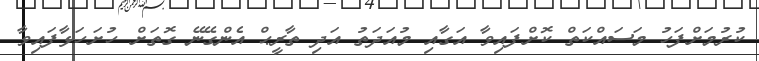
ކުރުމަށްފަހު މަސައްކަތް ކޮށްފައިވާ އަގާއި މުއަދަތު އަދި ތާރީޙް އެންގޭނޭ ގޮތަށް ހުށަހަޅާފައިވާ